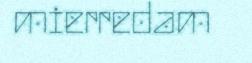
mierredam